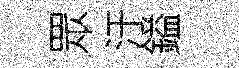
眾汙鎰